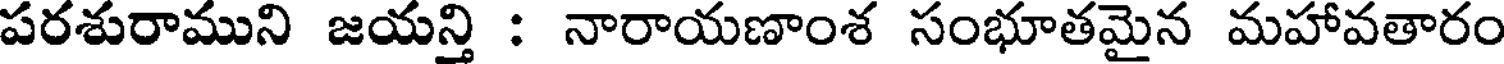
పరశురాముని జయన్తి : నారాయణాంశ సంభూతమైన మహావతారం